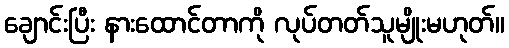
ချောင်းပြီး နားထောင်တာကို လုပ်တတ်သူမျိုးမဟုတ်။